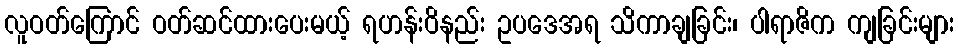
လူဝတ်ကြောင် ဝတ်ဆင်ထားပေးမယ့် ရဟန်းဝိနည်း ဥပဒေအရ သိကာချခြင်း၊ ပါရာဇိက ကျခြင်းများ